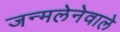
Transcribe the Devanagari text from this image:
जन्मलेनेवाले